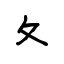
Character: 夂